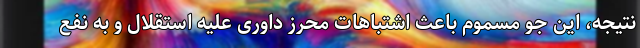
نتیجه، این جو مسموم باعث اشتباهات محرز داوری علیه استقلال و به نفع